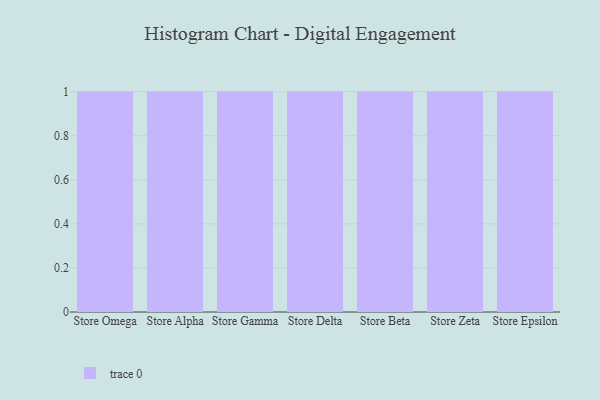
{"axis": {"x": "Store", "y": "Revenue (USD Million)"}, "legend": [""], "data": [{"x": "Store Omega", "y": 66, "type": ""}, {"x": "Store Alpha", "y": 41, "type": ""}, {"x": "Store Gamma", "y": 63, "type": ""}, {"x": "Store Delta", "y": 56, "type": ""}, {"x": "Store Beta", "y": 57, "type": ""}, {"x": "Store Zeta", "y": 91, "type": ""}, {"x": "Store Epsilon", "y": 49, "type": ""}]}